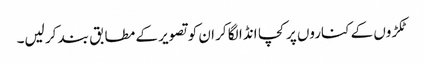
ٹکڑوں کے کناروں پر کچا انڈا لگا کر ان کو تصویر کے مطابق بند کر لیں۔